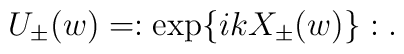
U_{\pm}(w) = :\exp\{ikX_{\pm}(w)\}:.